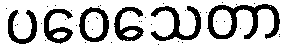
ပဝေသေတာ